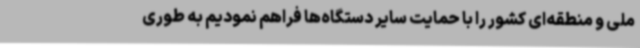
ملی و منطقه‌ای کشور را با حمایت سایر دستگاه‌ها فراهم نمودیم به‌ طوری